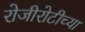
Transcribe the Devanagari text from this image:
रोजीरोटीच्या